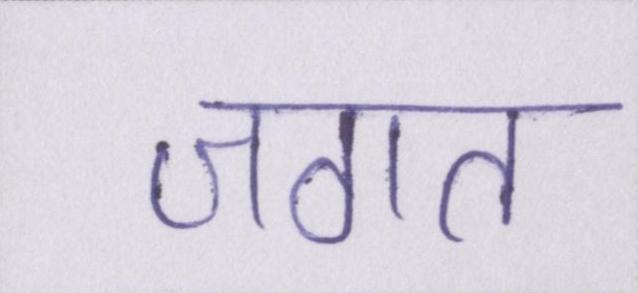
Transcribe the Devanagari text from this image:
जगत